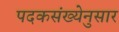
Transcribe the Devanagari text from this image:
पदकसंख्येनुसार